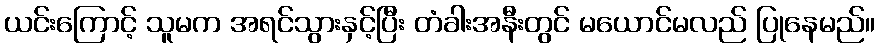
ယင်းကြောင့် သူမက အရင်သွားနှင့်ပြီး တံခါးအနီးတွင် မယောင်မလည် ပြုနေမည်။